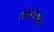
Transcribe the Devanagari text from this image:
सेक्रेटेरियट